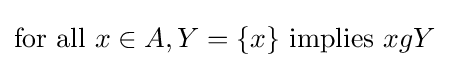
{\text{for all }}x\in A,Y=\{x\}{\text{ implies }}xgY